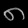
Digit: ၈